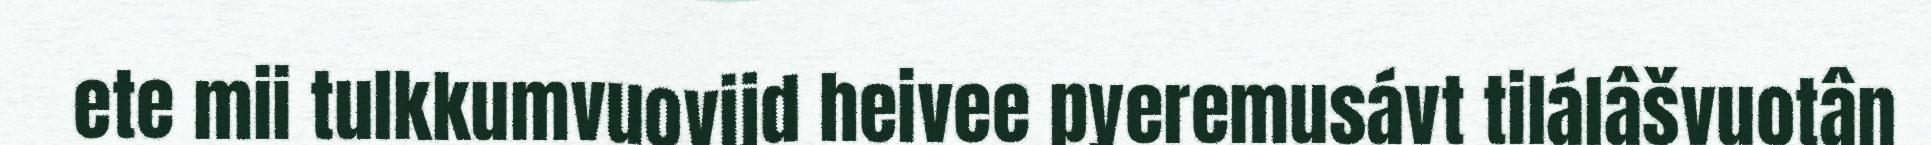
ete mii tulkkumvuovijd heivee pyeremusávt tilálâšvuotân